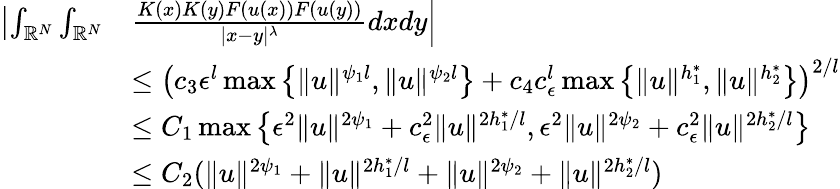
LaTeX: \begin{array}{rl}{\left|\int_{{\mathbb R}^{N}}\int_{{\mathbb R}^{N}}\right.}&{\left.\frac{K(x)K(y)F(u(x))F(u(y))}{|x-y|^{\lambda}}dxdy\right|}\\ &{\leq\left(c_{3}{\epsilon}^{l}\operatorname*{max}\left\lbrace\| u\| ^{\psi_{1}l},\| u\| ^{\psi_{2}l}\right\rbrace+c_{4}c_{\epsilon}^{l}\operatorname*{max}\left\lbrace\| u\| ^{h_{1}^{*}},\| u\| ^{h_{2}^{*}}\right\rbrace\right)^{2/l}}\\ &{\leq C_{1}\operatorname*{max}\left\lbrace{\epsilon}^{2}\| u\| ^{2\psi_{1}}+c_{\epsilon}^{2}\| u\| ^{2h_{1}^{*}/l},{\epsilon}^{2}\| u\| ^{2\psi_{2}}+c_{\epsilon}^{2}\| u\| ^{2h_{2}^{*}/l}\right\rbrace}\\ &{\leq C_{2}(\| u\| ^{2\psi_{1}}+\| u\| ^{2h_{1}^{*}/l}+\| u\| ^{2\psi_{2}}+\| u\| ^{2h_{2}^{*}/l})}\end{array}